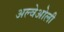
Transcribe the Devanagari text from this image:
अल्वेओली